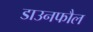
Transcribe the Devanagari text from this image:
डाउनफौल